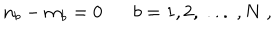
n _ { b } - m _ { b } = 0 b = 1 , 2 , \; . . . \; , N \; ,